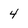
Character: 4